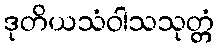
ဒုတိယသံဝါသသုတ္တံ